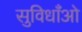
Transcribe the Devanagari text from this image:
सुविधाँओ